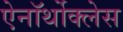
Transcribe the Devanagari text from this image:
ऐनॉर्थोक्लेस